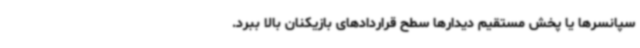
سپانسرها یا پخش مستقیم دیدارها سطح قراردادهای بازیکنان بالا ببرد.